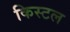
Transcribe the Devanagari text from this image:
किस्टल